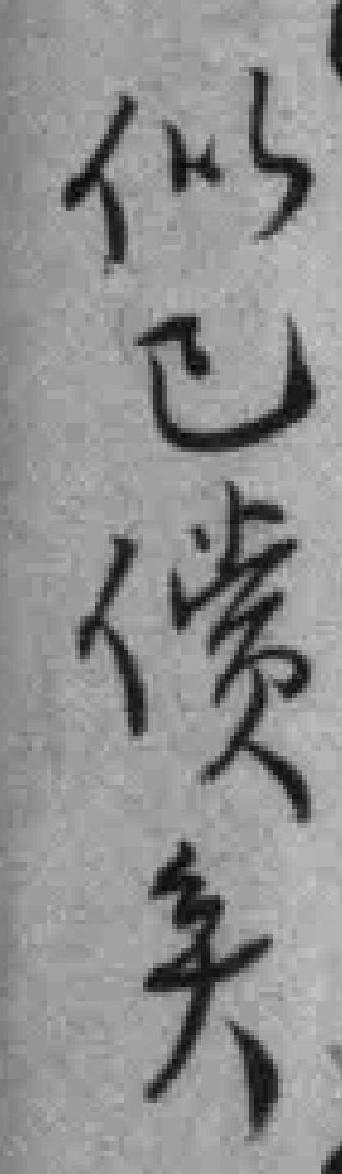
似已償失